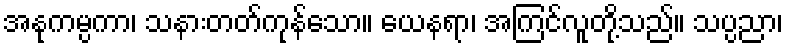
အနုကမ္ပကာ၊ သနားတတ်ကုန်သော။ ယေနရာ၊ အကြင်လူတို့သည်။ သပ္ပညာ၊